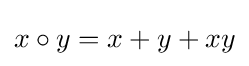
x\circ y=x+y+xy